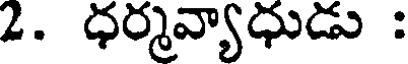
2. ధర్మవ్యాధుడు :